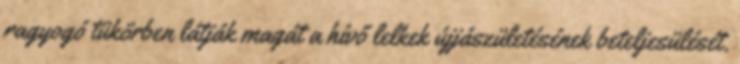
ragyogó tükörben látják magát a hívő lelkek újjászületésének beteljesülését.